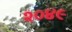
૨૦૪૯